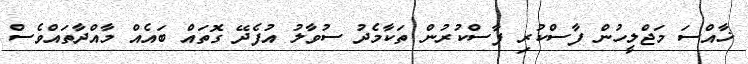
ޚާއްސަ މަޖްލީހުން ފާސްކުރި ފާސްކުރުން ތަކާމެދު ސުވާލު އުފެދޭ ގޮތައް ބައެއް މާއްދާތައްވެސް